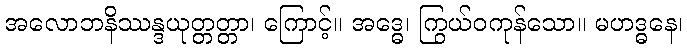
အလောဘနိဿန္ဒယုတ္တတ္တာ၊ ကြောင့်။ အဒ္ဓေ၊ ကြွယ်ဝကုန်သော။ မဟဒ္ဓနေ၊